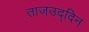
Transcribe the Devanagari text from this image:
ताजउद्दिन